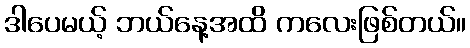
ဒါပေမယ့် ဘယ်နေ့အထိ ကလေးဖြစ်တယ်။